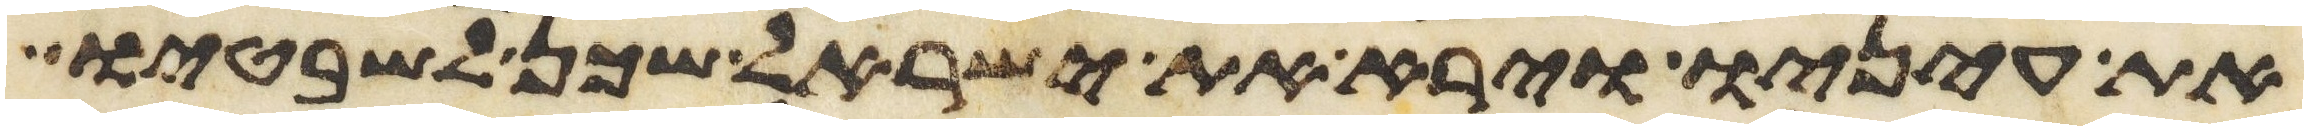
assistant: את עיניו וירא את ישראל שכן לשבטיו